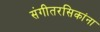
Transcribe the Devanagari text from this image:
संगीतरसिकांना